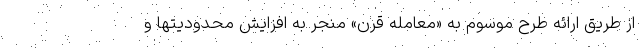
از طریق ارائه طرح موسوم به «معامله قرن» منجر به افزایش محدودیتها و